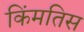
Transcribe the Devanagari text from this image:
किंमतिस